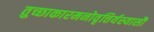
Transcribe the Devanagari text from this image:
तुच्छाकारमनोवृत्तिर्यस्यासौ